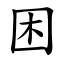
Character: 困